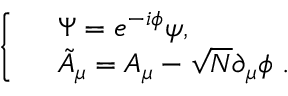
\left\{ \begin{array} { l l } { { } } & { { \Psi = e ^ { - i \phi } \psi , \ \ \ \ \ } } \\ { { } } & { { \tilde { A } _ { \mu } = A _ { \mu } - \sqrt { N } \partial _ { \mu } \phi \ . \ \ \ \ \ } } \end{array} \right.